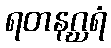
ရတနဂ္ဃရံ